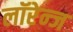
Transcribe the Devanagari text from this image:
लॉरेन्ज